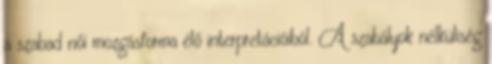
a szabad női mozgásforma élő interpretációiból. A szabályok nélküliség